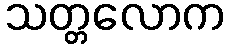
သတ္တလောက